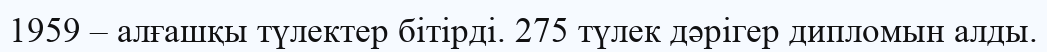
1959 – алғашқы түлектер бітірді. 275 түлек дәрігер дипломын алды.